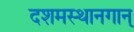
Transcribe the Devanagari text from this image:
दशमस्थानगान्